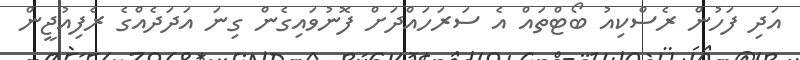
އަދި ފަހުން ރެސްކިއު ބޯޓްތައް އެ ސަރަހައްދަށް ފޮނުވައިގެން ގިނަ އަދަދެއްގެ ރެފިއުޖީން